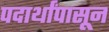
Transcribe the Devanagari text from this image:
पदार्थांपासून